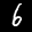
Label: 6